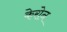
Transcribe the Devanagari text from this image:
केरोन